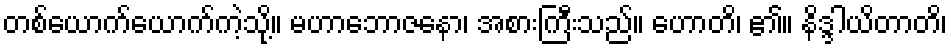
တစ်ယောက်ယောက်ကဲ့သို့။ မဟာဘောဇနော၊ အစားကြီးသည်။ ဟောတိ၊ ၏။ နိဒ္ဒါယိတာတိ၊